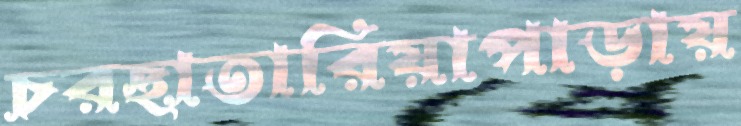
চরছাতারিয়াপাড়ায়